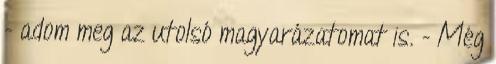
- adom meg az utolsó magyarázatomat is. - Még